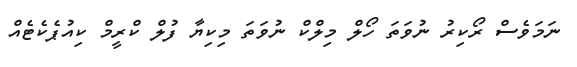
ނަމަވެސް ރޯކިރު ނުވަތަ ހޯލް މިލްކް ނުވަތަ މިކިޔާ ފުލް ކްރީމް ކިއުޕެކެޓެއް